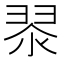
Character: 𮋀